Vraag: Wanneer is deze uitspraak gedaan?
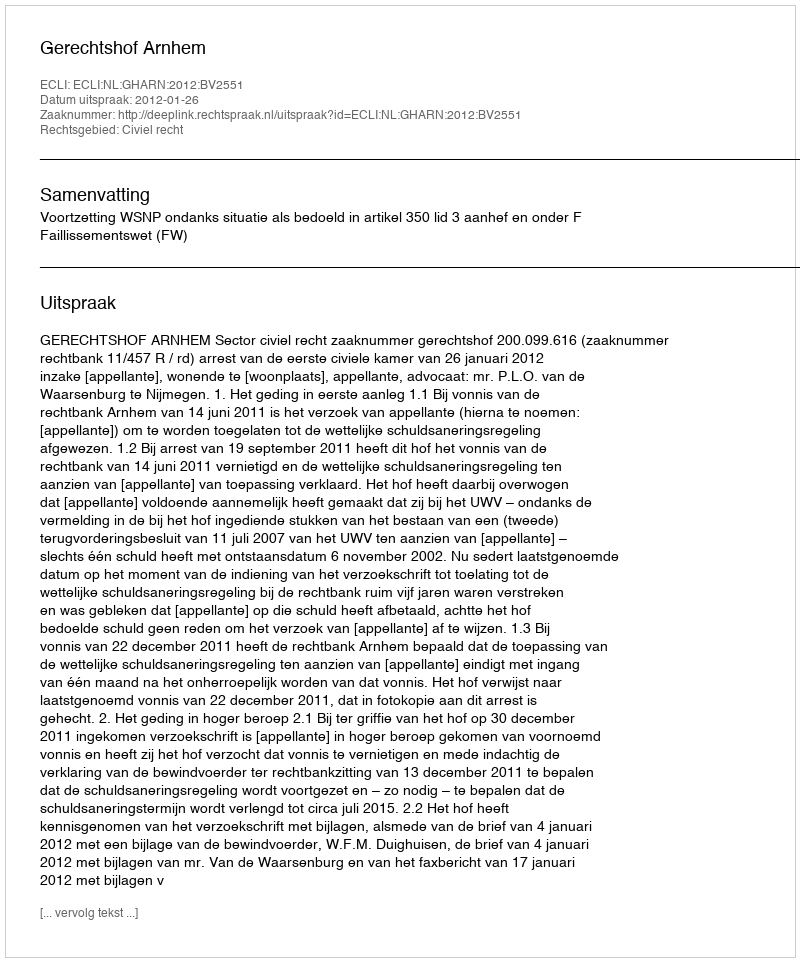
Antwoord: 2012-01-26